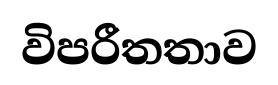
විපරීතතාව